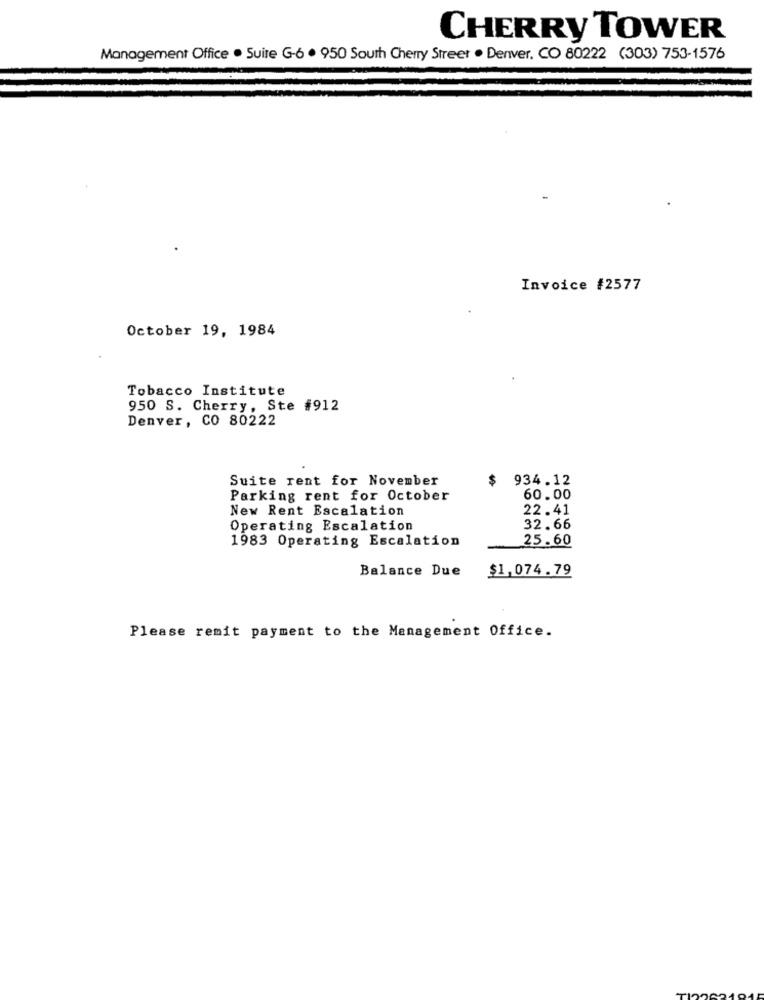
CHERRY TOWER
Management Office . Suite G-6 . 950 South Cherry Street . Denver. CO 80222 (303) 753-1576
Invoice #2577
October 19, 1984
Tobacco Institute
950 S. Cherry, Ste #912
Denver, CO 80222
Suite rent for November
$
934.12
Parking rent for October
60.00
New Rent Escalation
22.41
Operating Escalation
32.66
1983 Operating Escalation
25.60
Balance Due
$1,074.79
Please remit payment to the Management Office.